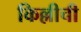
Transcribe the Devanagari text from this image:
किल्लीची